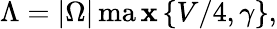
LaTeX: \Lambda=|\Omega|\operatorname*{ma\mathbf{x}}\left\{ V/4,\gamma\right\} ,